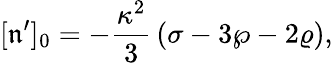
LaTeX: [\mathfrak{n}^{\prime}]_{0}=-{\frac{{\kappa^{2}}}{{3}}}\left(\sigma-3\wp-2\varrho\right),